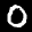
Label: 0